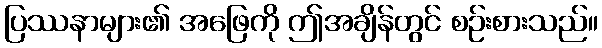
ပြဿနာများ၏ အဖြေကို ဤအချိန်တွင် စဉ်းစားသည်။